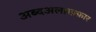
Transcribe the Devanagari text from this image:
अब्दअलग़फ़्फ़ार